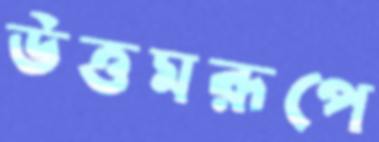
উত্তমরূপে